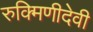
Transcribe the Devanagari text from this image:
रुक्मिणीदेवी